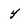
Character: 4